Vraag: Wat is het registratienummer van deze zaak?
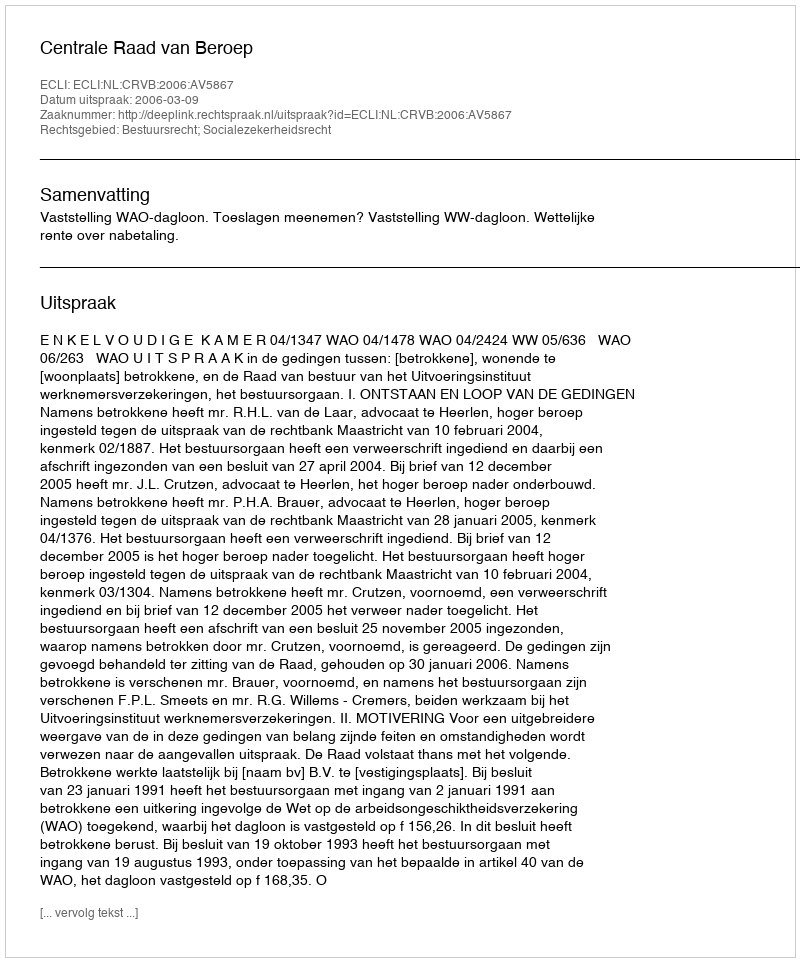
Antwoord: http://deeplink.rechtspraak.nl/uitspraak?id=ECLI:NL:CRVB:2006:AV5867